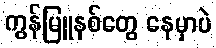
ကွန်မြူနစ်တွေ နေမှာပဲ